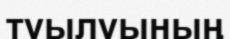
туылуының